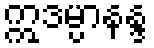
ဣဒမ္ပာနန္ဒ